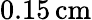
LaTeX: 0.15\, \mathrm{cm}